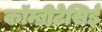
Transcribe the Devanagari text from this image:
कॉम्ब्रीटेसिई